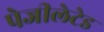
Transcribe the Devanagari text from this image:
पेजीलेटेड